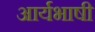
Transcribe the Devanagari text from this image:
आर्यभाषी